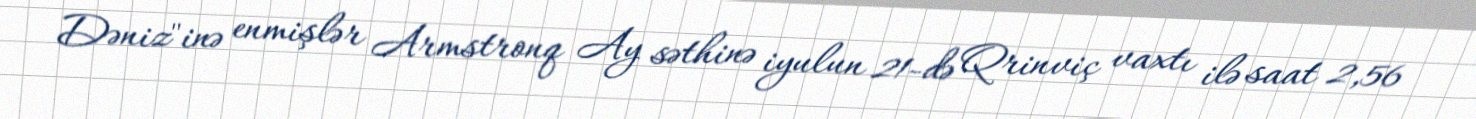
Dəniz"inə enmişlər Armstronq Ay səthinə iyulun 21-də Qrinviç vaxtı ilə saat 2,56